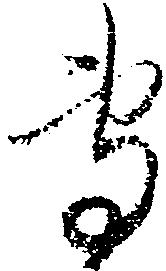
専